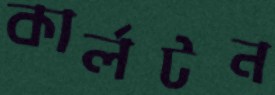
কার্লটন